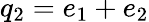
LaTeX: q_{2}=e_{1}+e_{2}